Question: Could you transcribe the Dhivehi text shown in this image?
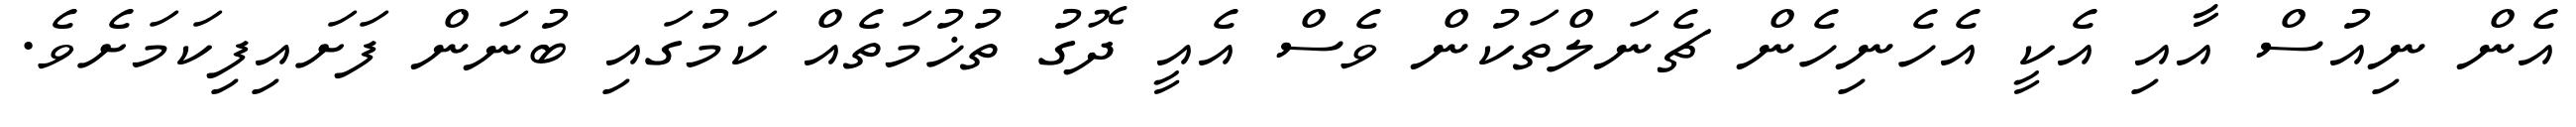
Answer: އެން ނިއުސް އާއި އެކީ އެހެނިހެން ޗެނަލްތަކުން ވެސް އެއީ ދޮގު ތުޚުމަތެއް ކަމުގައި ބުނަން ފަށައިފިކަމަށެވެ.